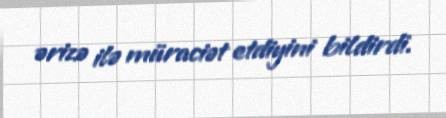
ərizə ilə müraciət etdiyini bildirdi.